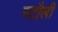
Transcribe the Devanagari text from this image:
नटौली